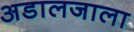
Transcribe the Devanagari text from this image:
अडालजाला